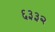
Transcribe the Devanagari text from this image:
६३३२